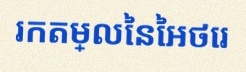
រកតម្លៃនៃអថេរ